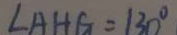
\angle A H G = 1 3 0 ^ { \circ }